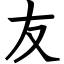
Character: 友